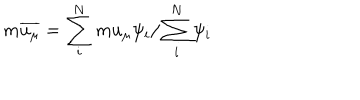
LaTeX: m \overline { { { u _ { \mu } } } } = \sum _ { i } ^ { N } m u _ { \mu } \psi _ { i } / \sum _ { i } ^ { N } \psi _ { i } \quad